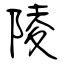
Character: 陵